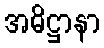
အဓိဋ္ဌာနာ